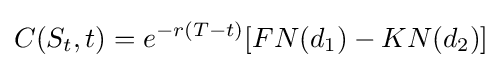
C(S_{t},t)=e^{-r(T-t)}[FN(d_{1})-KN(d_{2})]